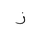
Letter: _zay